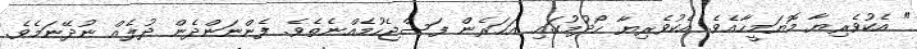
" އެކުވެރިޔާ މޮޔަމީހާއެވެ. އެކުވެރިޔާ ހޯދުމުގައި އަހަރެން ފަސްޖެހުމެއްނެތެވެ. ފެންނަންދެން ދުލެއް ނުދޭނަމެވެ.